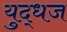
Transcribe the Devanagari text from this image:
युद्धज